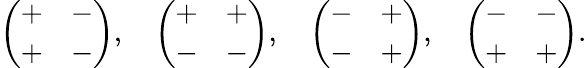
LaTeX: {\left(\begin{array}{ll}{+}&{-}\\ {+}&{-}\end{array}\right)},\quad{\left(\begin{array}{ll}{+}&{+}\\ {-}&{-}\end{array}\right)},\quad{\left(\begin{array}{ll}{-}&{+}\\ {-}&{+}\end{array}\right)},\quad{\left(\begin{array}{ll}{-}&{-}\\ {+}&{+}\end{array}\right)}.